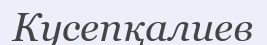
Кусепқалиев